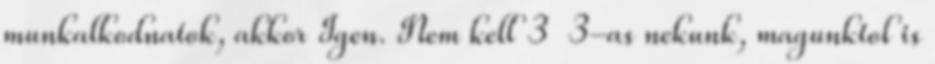
munkalkodnatok, akkor Igen. Nem kell 3 3-as nekunk, magunktol is